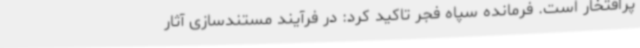
پرافتخار است. فرمانده سپاه فجر تاکید کرد: در فرآیند مستندسازی آثار